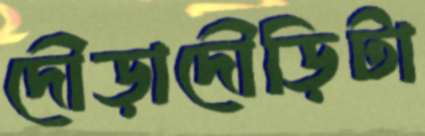
দৌড়াদৌড়িটা